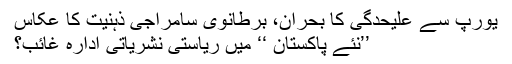
یورپ سے علیحدگی کا بحران، برطانوی سامراجی ذہنیت کا عکاس
’’نئے پاکستان ‘‘ میں ریاستی نشریاتی ادارہ غائب؟